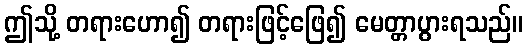
ဤသို့ တရားဟော၍ တရားဖြင့်ဖြေ၍ မေတ္တာပွားရသည်။